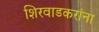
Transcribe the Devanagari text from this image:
शिरवाडकरांना